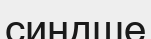
синдше